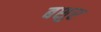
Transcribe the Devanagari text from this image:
बशुर